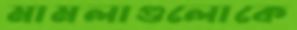
মামলাগুলোকে